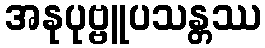
အနုပုဗ္ဗူပသန္တဿ